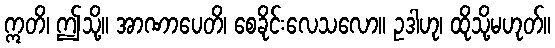
ဣတိ၊ ဤသို့။ အာဏာပေတိ၊ စေခိုင်းလေသလော။ ဥဒါဟု၊ ထိုသို့မဟုတ်။